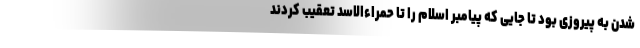
شدن به پیروزی بود تا جایی که پیامبر اسلام را تا حمراءالاسد تعقیب کردند